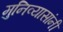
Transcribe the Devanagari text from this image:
मुनिव्यासांनी